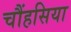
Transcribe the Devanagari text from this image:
चौंहसिया